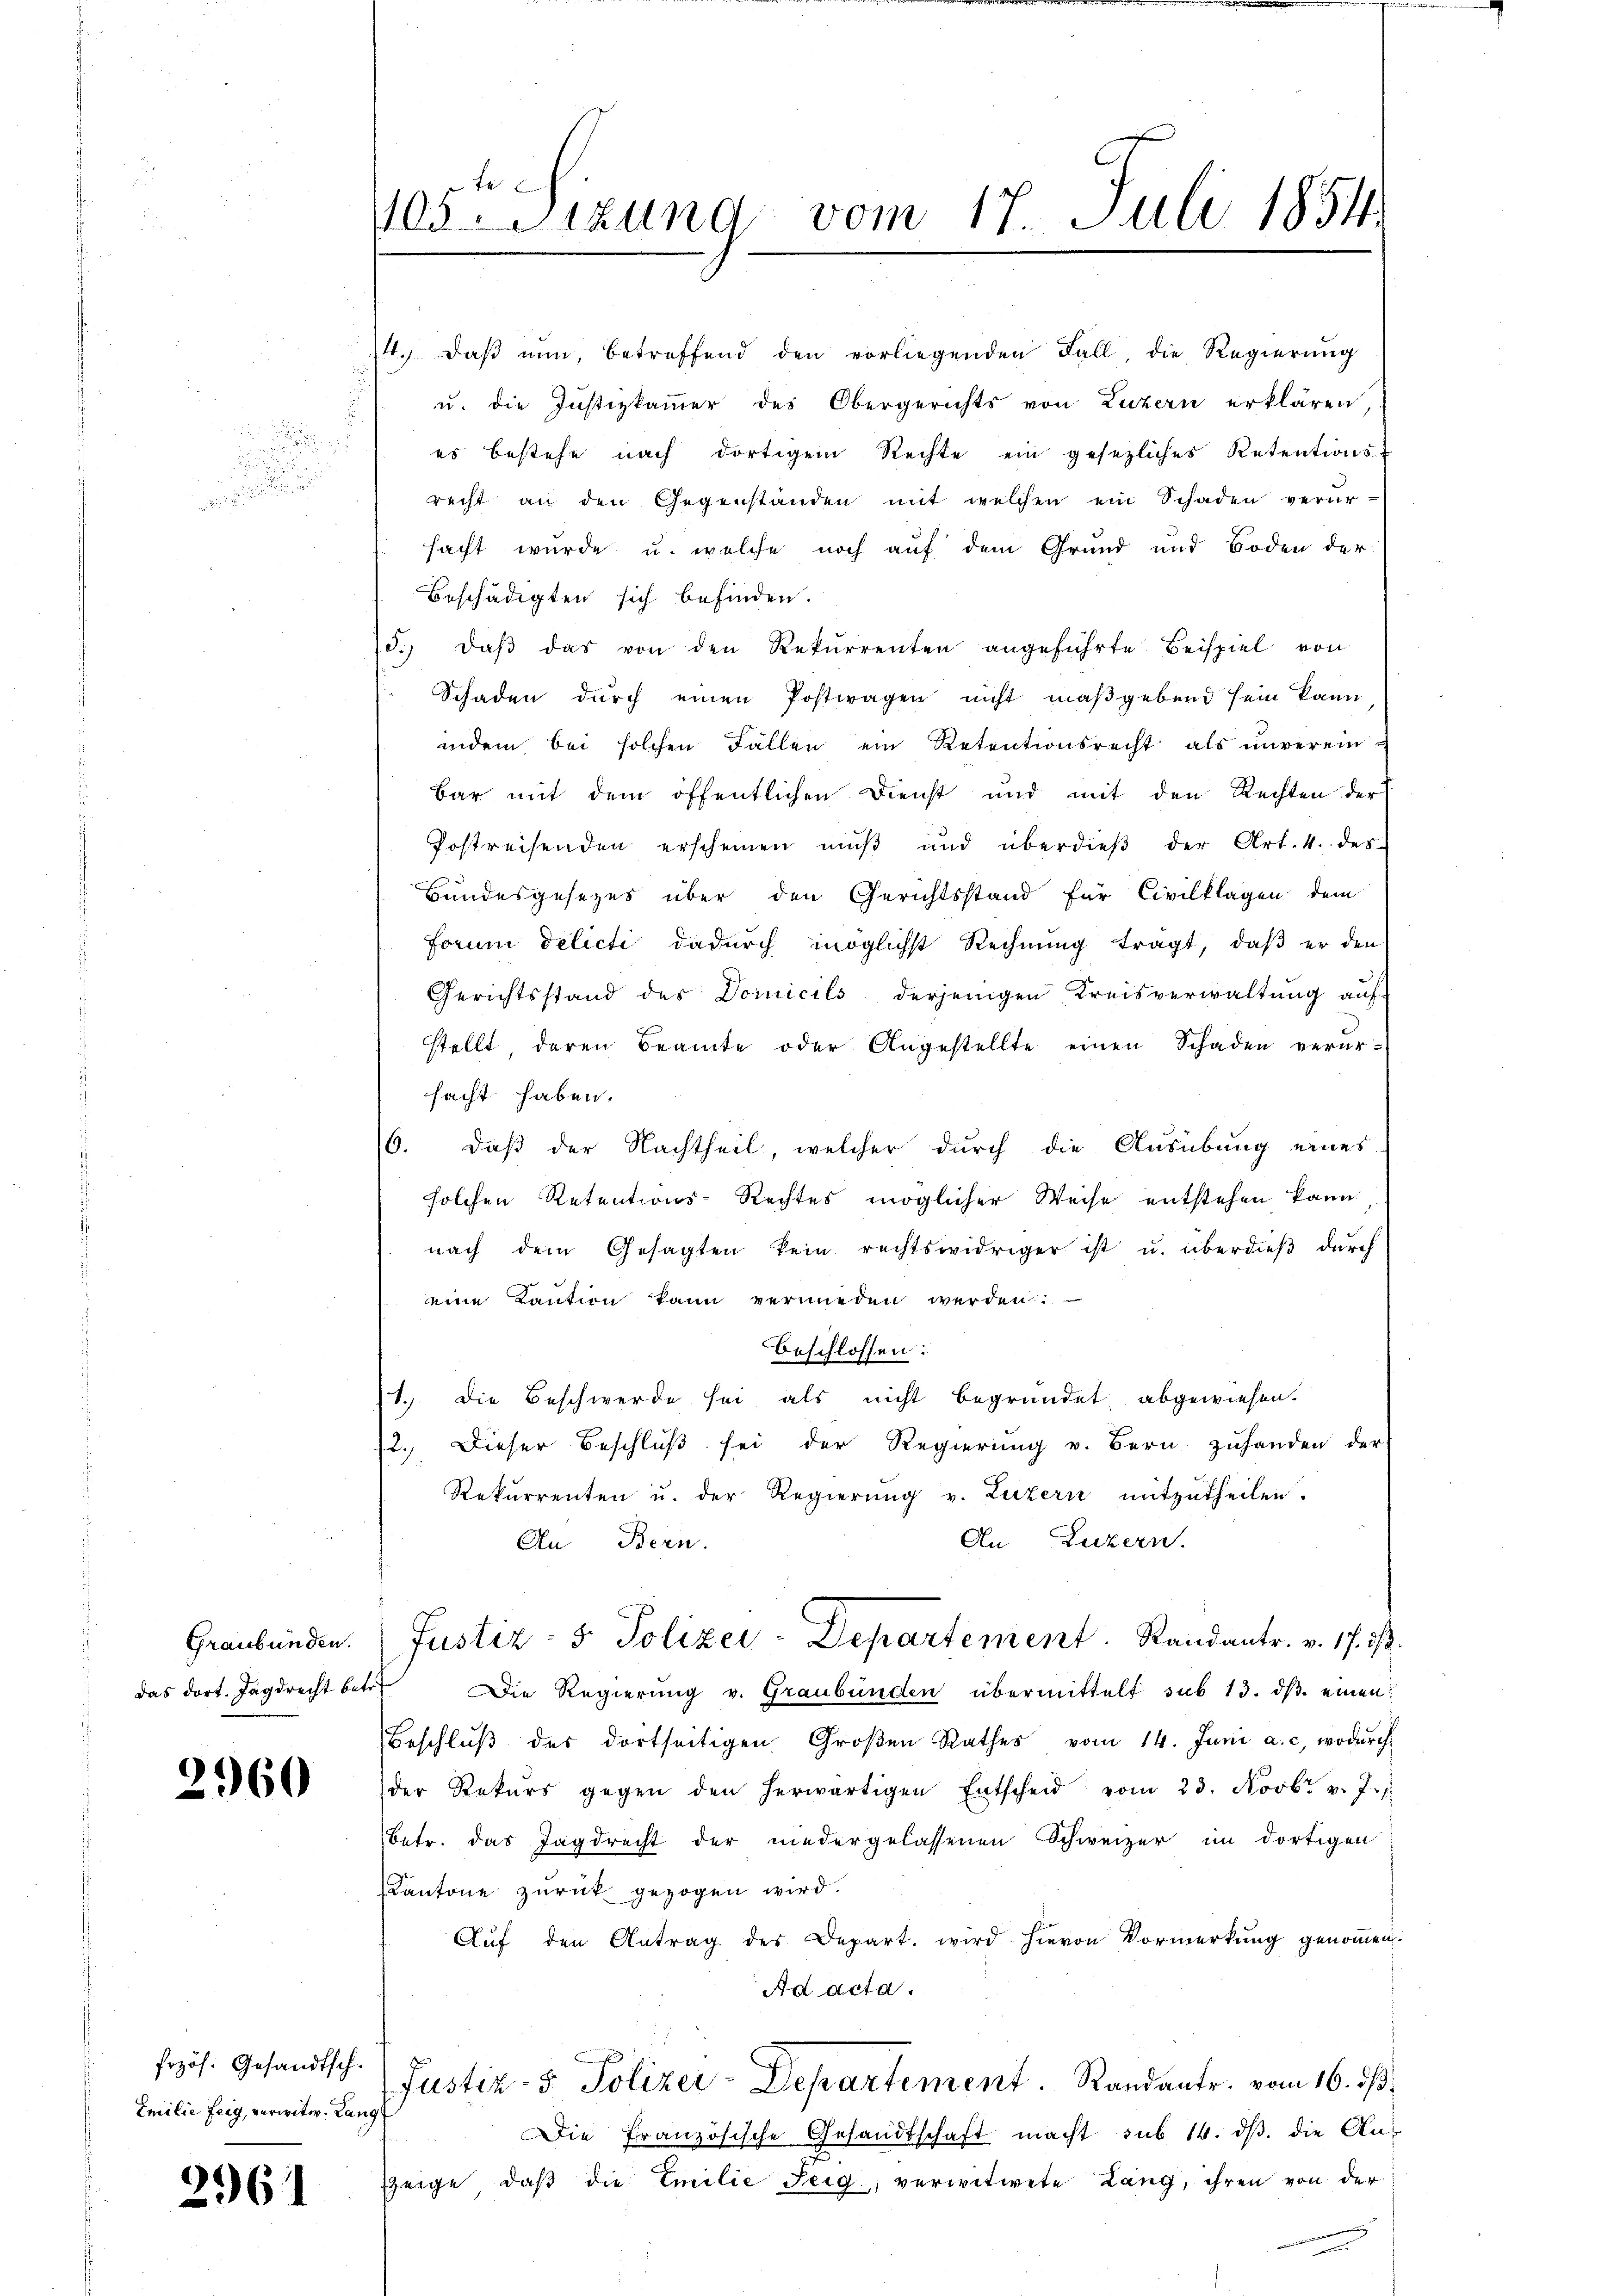
er

2960

frzös. Gesandtsch.
Emilie Feig, verwitw. Lang

2961

n

4.) Daß nun, betreffend den vorliegenden Fall, die Regierŭng
u. die Justizkammer des Obergerichts von Luzern erklären,
es bestehe nach dortigem Rechte ein gesezliches Retentions-
recht an den Gegenständen mit welchen ein Schaden verur-
sacht wurde u. welche noch auf dem Grund und Boden der
Beschädigten sich befinden.
3. daβ das von den Rekŭrrenten angeführte Beispiel von
Schaden durch einen Postwagen nicht maßgebend sein kann
indem bei solchen Fällen ein Retentionsrecht als unverein
bar mit dem öffentlichen Dienst und mit den Rechten der
Postreisenden erscheinen muß und überdieβ der Art. 4. des
Bundesgesezes über den Gerichtsstand für Civilklagen dem
Forum delicti dadŭrch möglichst Rechnŭng trägt, daβ er den
Gerichtsstand des Domicils derjenigen Kreisverwaltung auf-
stellt, deren Beamte oder Angestellte einen Schaden verur-
sacht haben.
daß der Nachtheil, welcher durch die Ausübung eines
.
solchen Retentions-Rechtes möglicher Weise entstehen kann
nach dem Gesagten kein rechtswidriger ist u. überdieß durch
eine Kaution kann vermieden werden.
beschlossen:
1.) Die Beschwerde sei als nicht begründet, abgewiesen.
2. Dieser Beschluß sei der Regierŭng v. Bern zuhanden der
Rekurrenten u. der Regierŭng v. Luzern mitzŭtheilen.
An Luzern.
An Bern.
Graubünden. Justiz- & Polizei-Departement. Randantr. v. 17. ds.
das dort. Jagdrecht betr. Die Regierŭng v. Graubünden übermittelt sub 13. dβ einen
Beschlŭβ des dortseitigen Groβen Rathes vom 14. Juni a. c. wodŭrch
der Rekŭrs gegen den herwärtigen Entscheid vom 23. Novbr. v. J.
betr. das Jagdrecht der niedergelassenen Schweizer im dortigen
Kantone zurück gezogen wird.
Aŭf den Antrag des Depart. wird hievon Vormerkŭng genoṁen.
Ad acta.
Justiz- & Polizei-Departement. Randantr. vom 16. ds.
Die Französische Gesandtschaft macht sub 14. dβ. die An-
Zeige, daβ die Emilie Feig; verwitwete Lang, ihren von der

105Sizung vom 17. Juli 1854.